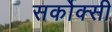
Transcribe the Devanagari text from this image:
सर्कोक्सी